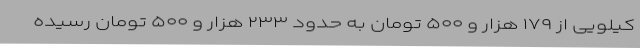
کیلویی از ۱۷۹ هزار و ۵۰۰ تومان به حدود ۲۳۳ هزار و ۵۰۰ تومان رسیده